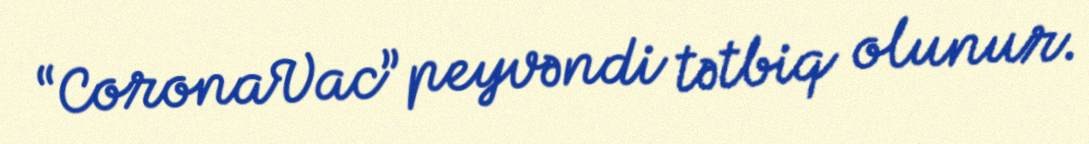
“CoronaVac” peyvəndi tətbiq olunur.